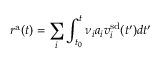
r ^ { \mathrm { a } } ( t ) = \sum _ { i } \int _ { t _ { 0 } } ^ { t } \nu _ { i } a _ { i } v _ { i } ^ { \mathrm { s d } } ( t ^ { \prime } ) d t ^ { \prime }